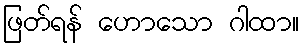
ဖြတ်ရန် ဟောသော ဂါထာ။